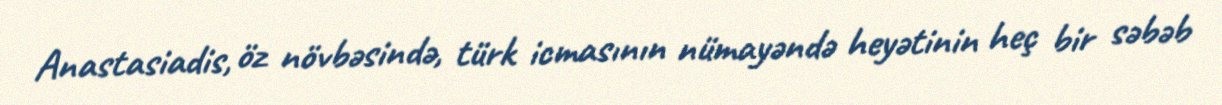
Anastasiadis, öz növbəsində, türk icmasının nümayəndə heyətinin heç bir səbəb